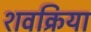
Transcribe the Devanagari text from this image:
शवक्रिया